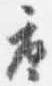
座